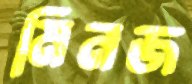
মিনজ